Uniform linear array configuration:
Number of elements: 16
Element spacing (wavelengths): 0.5
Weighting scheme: kaiser
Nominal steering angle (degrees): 60
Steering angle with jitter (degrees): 58.702
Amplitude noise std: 0.05
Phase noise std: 0.05

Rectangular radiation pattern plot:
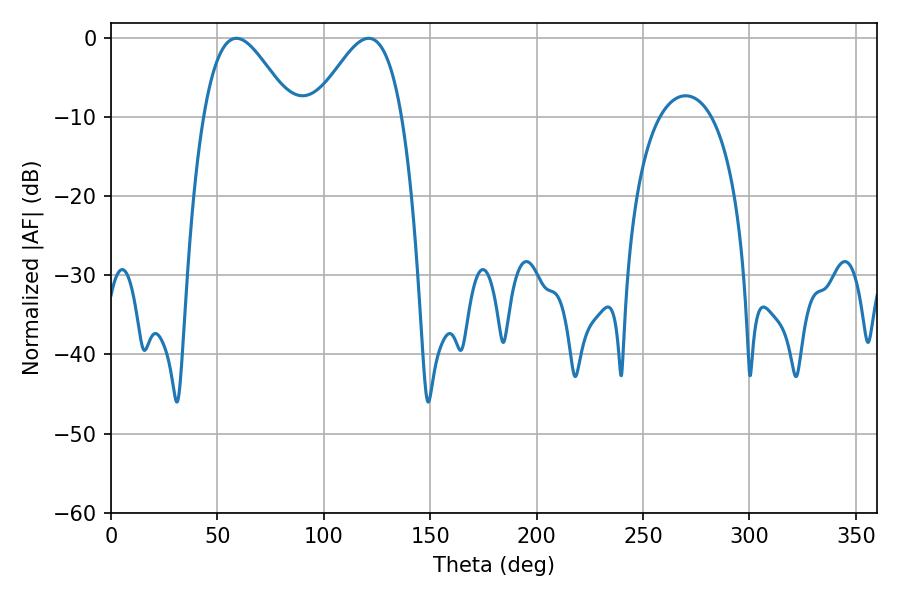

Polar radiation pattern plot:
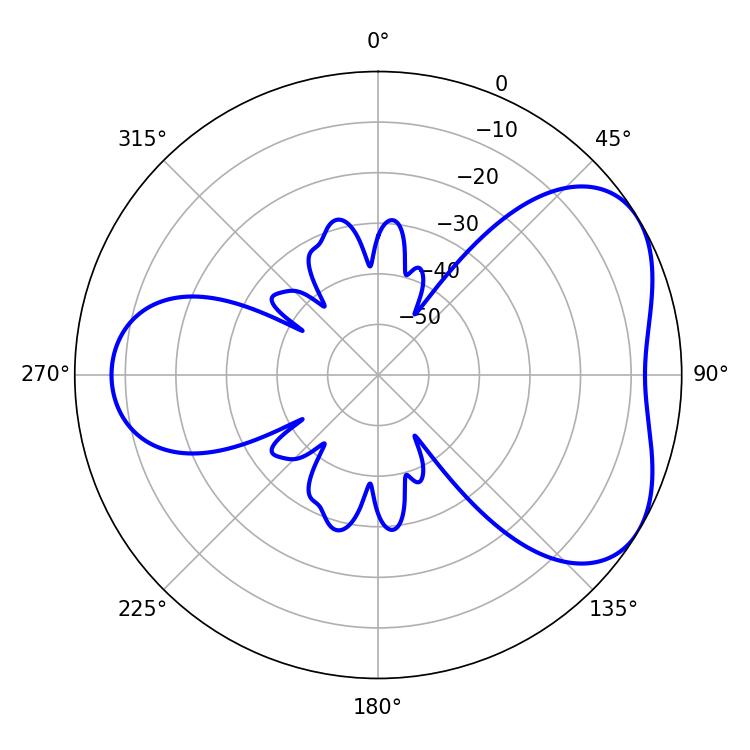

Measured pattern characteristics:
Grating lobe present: FALSE
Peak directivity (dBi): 4.687
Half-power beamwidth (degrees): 22.14
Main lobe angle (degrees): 58.86